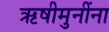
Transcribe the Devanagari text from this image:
ऋषीमुनींना